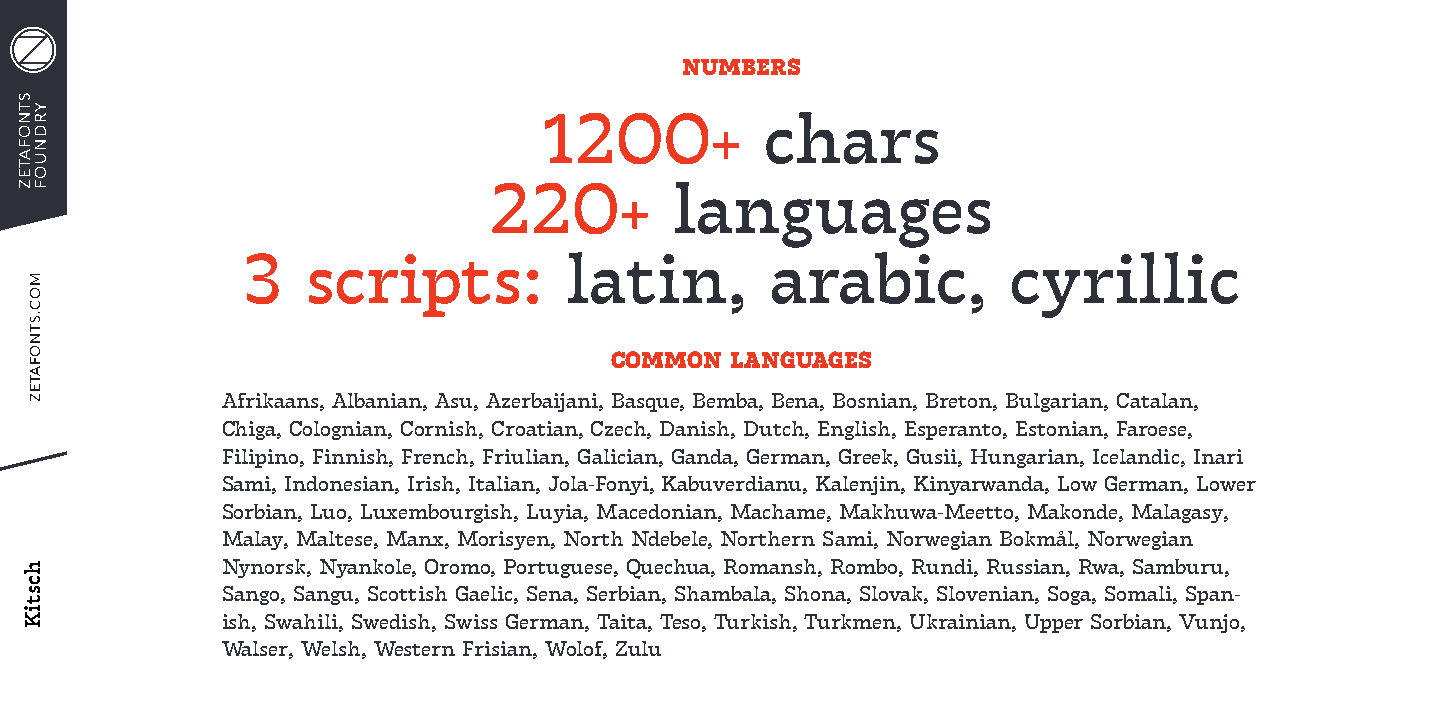
NUMBERS
 1200+          chars
 220+         languages
 3   scripts:         latin,        arabic,         cyrillic
 COMMON  LANGUAGES
 Afrikaans, Albanian, Asu, Azerbaijani, Basque, Bemba, Bena, Bosnian, Breton, Bulgarian, Catalan,
 Chiga, Colognian, Cornish, Croatian, Czech, Danish, Dutch, English, Esperanto, Estonian, Faroese,
 Filipino, Finnish, French, Friulian, Galician, Ganda, German, Greek, Gusii, Hungarian, Icelandic, Inari
 Sami, Indonesian, Irish, Italian, Jola-Fonyi, Kabuverdianu, Kalenjin, Kinyarwanda, Low German, Lower
 Sorbian, Luo, Luxembourgish, Luyia, Macedonian, Machame, Makhuwa-Meetto, Makonde, Malagasy,
 Malay, Maltese, Manx, Morisyen, North Ndebele, Northern Sami, Norwegian Bokmål, Norwegian
 Nynorsk, Nyankole, Oromo, Portuguese, Quechua, Romansh, Rombo, Rundi, Russian, Rwa, Samburu,
 Sango, Sangu, Scottish Gaelic, Sena, Serbian, Shambala, Shona, Slovak, Slovenian, Soga, Somali, Span-
 ish, Swahili, Swedish, Swiss German, Taita, Teso, Turkish, Turkmen, Ukrainian, Upper Sorbian, Vunjo,
 Walser, Welsh, Western Frisian, Wolof, Zulu
 STNOFATEZ
 YRDNUOF
 MOC.STNOFATEZ
 hcstiK